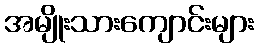
အမျိုးသားကျောင်းများ